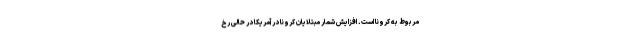
مربوط به کرونا است. افزایش شمار مبتلایان کرونا در آمریکا در حالی رخ